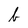
Character: b